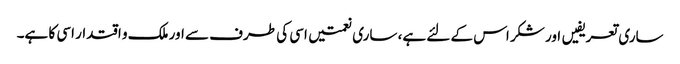
ساری تعریفیں اور شکر اس کے لئے ہے، ساری نعمتیں اسی کی طرف سے اور ملک و اقتدار اسی کا ہے۔